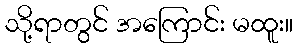
သို့ရာတွင် အကြောင်း မထူး။